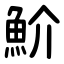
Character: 魪